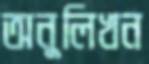
অনুলিখন